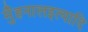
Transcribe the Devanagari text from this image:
मुँहनालइत्यादि